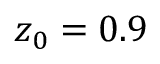
z _ { 0 } = 0 . 9